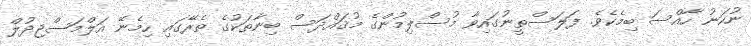
ނުހަނު ހާއްސަ ބިމެކެވެ. ފަލަސްތީނުގައިވާ މުސްލިމުންގެ މުޤައްދަސް ބިނާތަކުގެ ތެރޭގައި ހިމެނޭ އަލްމަސްޖިދުލް